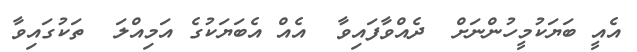
އެއީ ބަޔަކުމީހުންނަށް  ދެއްވާފައިވާ  އެއް އެބަޔަކުގެ އަމިއްލަ  ތަކުގައިވާ